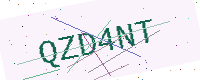
Text: QZD4NT